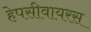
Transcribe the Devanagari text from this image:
हेपसीवायरस